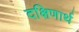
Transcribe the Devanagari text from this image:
दक्षिणार्थ